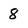
Character: 8